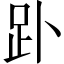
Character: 䟔